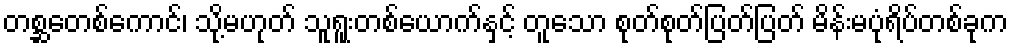
တစ္ဆတေစ်ကောင်၊ သို့မဟုတ် သူရူးတစ်ယောက်နှင့် တူသော စုတ်စုတ်ပြတ်ပြတ် မိန်းမပုံရိပ်တစ်ခုက